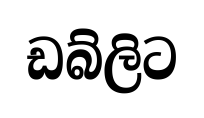
ඩබ්ලිට